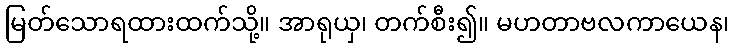
မြတ်သောရထားထက်သို့။ အာရုယှ၊ တက်စီး၍။ မဟတာဗလကာယေန၊